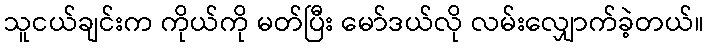
သူငယ်ချင်းက ကိုယ်ကို မတ်ပြီး မော်ဒယ်လို လမ်းလျှောက်ခဲ့တယ်။